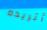
أتريده